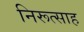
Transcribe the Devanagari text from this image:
निरूत्साह